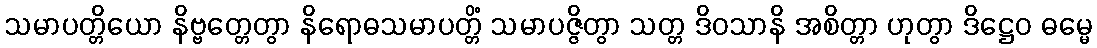
သမာပတ္တိယော နိဗ္ဗတ္တေတွာ နိရောဓသမာပတ္တိံ သမာပဇ္ဇိတွာ သတ္တ ဒိဝသာနိ အစိတ္တာ ဟုတွာ ဒိဋ္ဌေဝ ဓမ္မေ